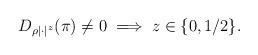
LaTeX: \begin{align*}D_{\rho|\cdot|^z}(\pi) \not= 0 \implies z \in \{0,1/2\}.\end{align*}